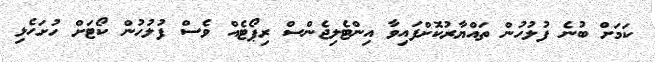
ކަމަށް ބުނެ ފުލުހުން ތައްޔާރުކޮށްފައިވާ އިންޓެލިޖެންސް ރިޕޯޓެއް ވެސް ފުލުހުން ކޯޓަށް ހުށަހެޅި